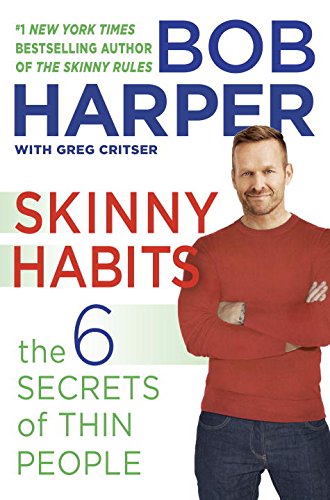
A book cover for Skinny Habits: The 6 Secrets of Thin People (Skinny Rules); Bob Harper; Humor & Entertainment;